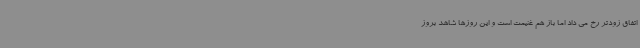
اتفاق زودتر رخ می داد اما باز هم غنیمت است و این روزها شاهد بروز